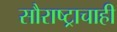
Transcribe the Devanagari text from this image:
सौराष्ट्राचाही